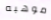
موهبه